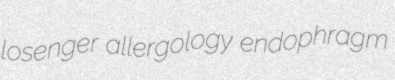
losenger allergology endophragm